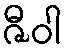
ဇီဝါ